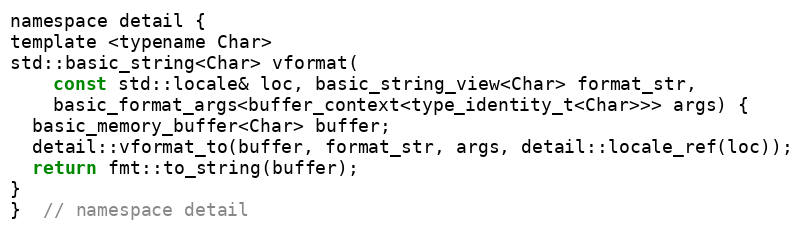
Language: C
namespace detail {
template <typename Char>
std::basic_string<Char> vformat(
    const std::locale& loc, basic_string_view<Char> format_str,
    basic_format_args<buffer_context<type_identity_t<Char>>> args) {
  basic_memory_buffer<Char> buffer;
  detail::vformat_to(buffer, format_str, args, detail::locale_ref(loc));
  return fmt::to_string(buffer);
}
}  // namespace detail